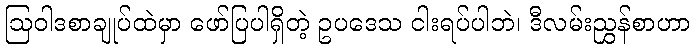
ဩဝါဒစာချုပ်ထဲမှာ ဖော်ပြပါရှိတဲ့ ဥပဒေသ ငါးရပ်ပါဘဲ၊ ဒီလမ်းညွှန်စာဟာ